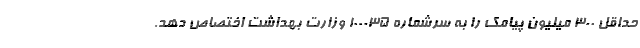
حداقل ۳۰۰ میلیون پیامک را به سرشماره ۱۰۰۰۳۵ وزارت بهداشت اختصاص دهد.